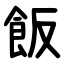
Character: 飯